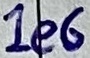
Text: 1e6